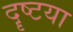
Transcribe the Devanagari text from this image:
दॄष्टया